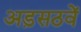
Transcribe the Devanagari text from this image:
अड़सठवें